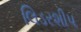
લિડરશીપ